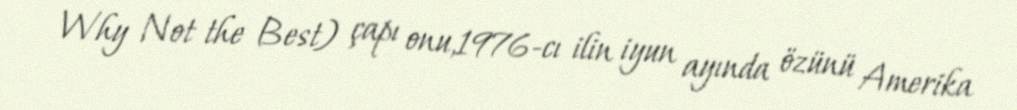
Why Not the Best) çapı onu,1976-cı ilin iyun ayında özünü Amerika